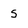
Character: s